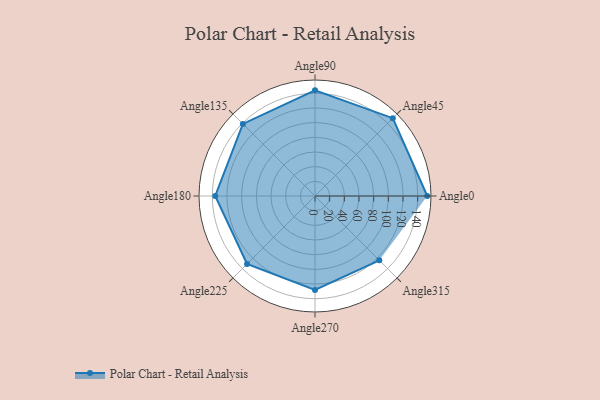
{"axis": {"x": "Angle", "y": "Radius"}, "legend": [""], "data": [{"x": "Angle0", "y": 153.0, "type": ""}, {"x": "Angle45", "y": 150.0, "type": ""}, {"x": "Angle90", "y": 144.0, "type": ""}, {"x": "Angle135", "y": 139.0, "type": ""}, {"x": "Angle180", "y": 136.0, "type": ""}, {"x": "Angle225", "y": 131.0, "type": ""}, {"x": "Angle270", "y": 128.0, "type": ""}, {"x": "Angle315", "y": 124.0, "type": ""}]}